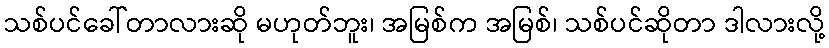
သစ်ပင်ခေါ်တာလားဆို မဟုတ်ဘူး၊ အမြစ်က အမြစ်၊ သစ်ပင်ဆိုတာ ဒါလားလို့